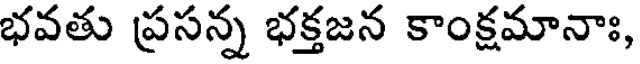
భవతు ప్రసన్న భక్తజన కాంక్షమానాః,